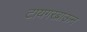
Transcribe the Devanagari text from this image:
टायगरब्राऊन